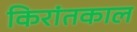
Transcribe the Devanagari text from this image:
किरांतकाल